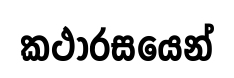
කථාරසයෙන්